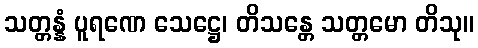
သတ္တန္နံ ပူရဏေ သေဋ္ဌေ၊ တိသန္တေ သတ္တမော တိသု။